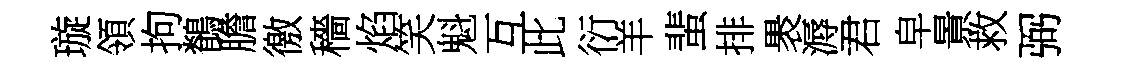
璇領拘鶺膽徼穡焰笑魁互此衍羊蜚排褁溽君皁㬌救弼